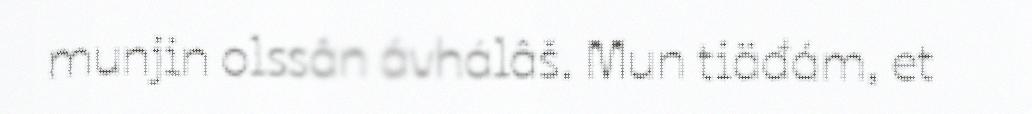
munjin olssân ávhálâš. Mun tiäđám, et